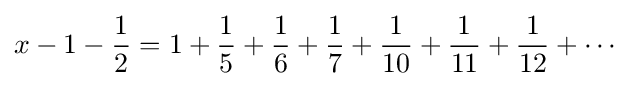
x-1-{\frac {1}{2}}=1+{\frac {1}{5}}+{\frac {1}{6}}+{\frac {1}{7}}+{\frac {1}{10}}+{\frac {1}{11}}+{\frac {1}{12}}+\cdots